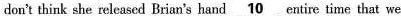
don't think she released Brian's hand \underline{10} entire time that we